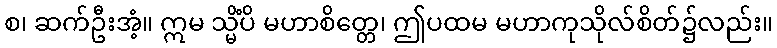
စ၊ ဆက်ဦးအံ့။ ဣမ သ္မိံပိ မဟာစိတ္တေ၊ ဤပထမ မဟာကုသိုလ်စိတ်၌လည်း။